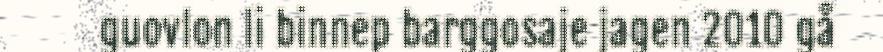
guovlon li binnep barggosaje jagen 2010 gå